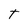
Character: T